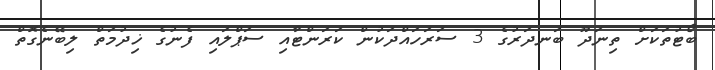
ބޯޓުތަކަށް ތިނަދޫ ބަނދަރުގެ 3 ސަރަހައްދަކުން ކަރަންޓާއި ސަޕްލައި ފެނުގެ ޚިދުމަތް ލިބޭނެގޮތް